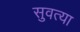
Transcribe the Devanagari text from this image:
सुवत्या